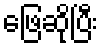
ဖြေဆိုပြီး